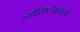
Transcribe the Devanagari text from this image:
र्ज्योतिष्टोममुखैः